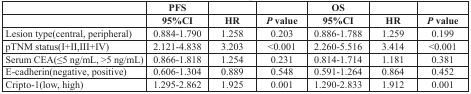
|  | PFS |  |  | OS |  |  |
 |  | 95%CI | HR | P value | 95%CI | HR | P value |
 | --- | --- | --- | --- | --- | --- | --- |
 | Lesion type(central, peripheral) | 0.884-1.790 | 1.258 | 0.203 | 0.886-1.788 | 1.259 | 0.199 |
 | pTNM status(I+II,III+IV) | 2.121-4.838 | 3.203 | <0.001 | 2.260-5.516 | 3.414 | <0.001 |
 | Serum CEA(≤5 ng/mL, >5 ng/mL) | 0.866-1.818 | 1.254 | 0.231 | 0.814-1.714 | 1.181 | 0.381 |
 | E-cadherin(negative, positive) | 0.606-1.304 | 0.889 | 0.548 | 0.591-1.264 | 0.864 | 0.452 |
 | Cripto-1(low, high) | 1.295-2.862 | 1.925 | 0.001 | 1.290-2.833 | 1.912 | 0.001 |